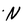
Character: N